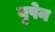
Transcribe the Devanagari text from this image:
युपेन